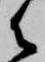
御